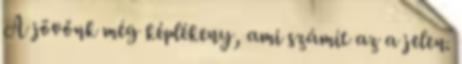
A jövőnk még képlékeny, ami számít az a jelen.